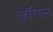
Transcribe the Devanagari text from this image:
डाॅयल